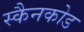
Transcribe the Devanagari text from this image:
स्कैनकोड